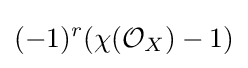
(-1)^{r}(\chi ({\mathcal {O}}_{X})-1)